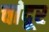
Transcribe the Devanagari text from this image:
चांदूर